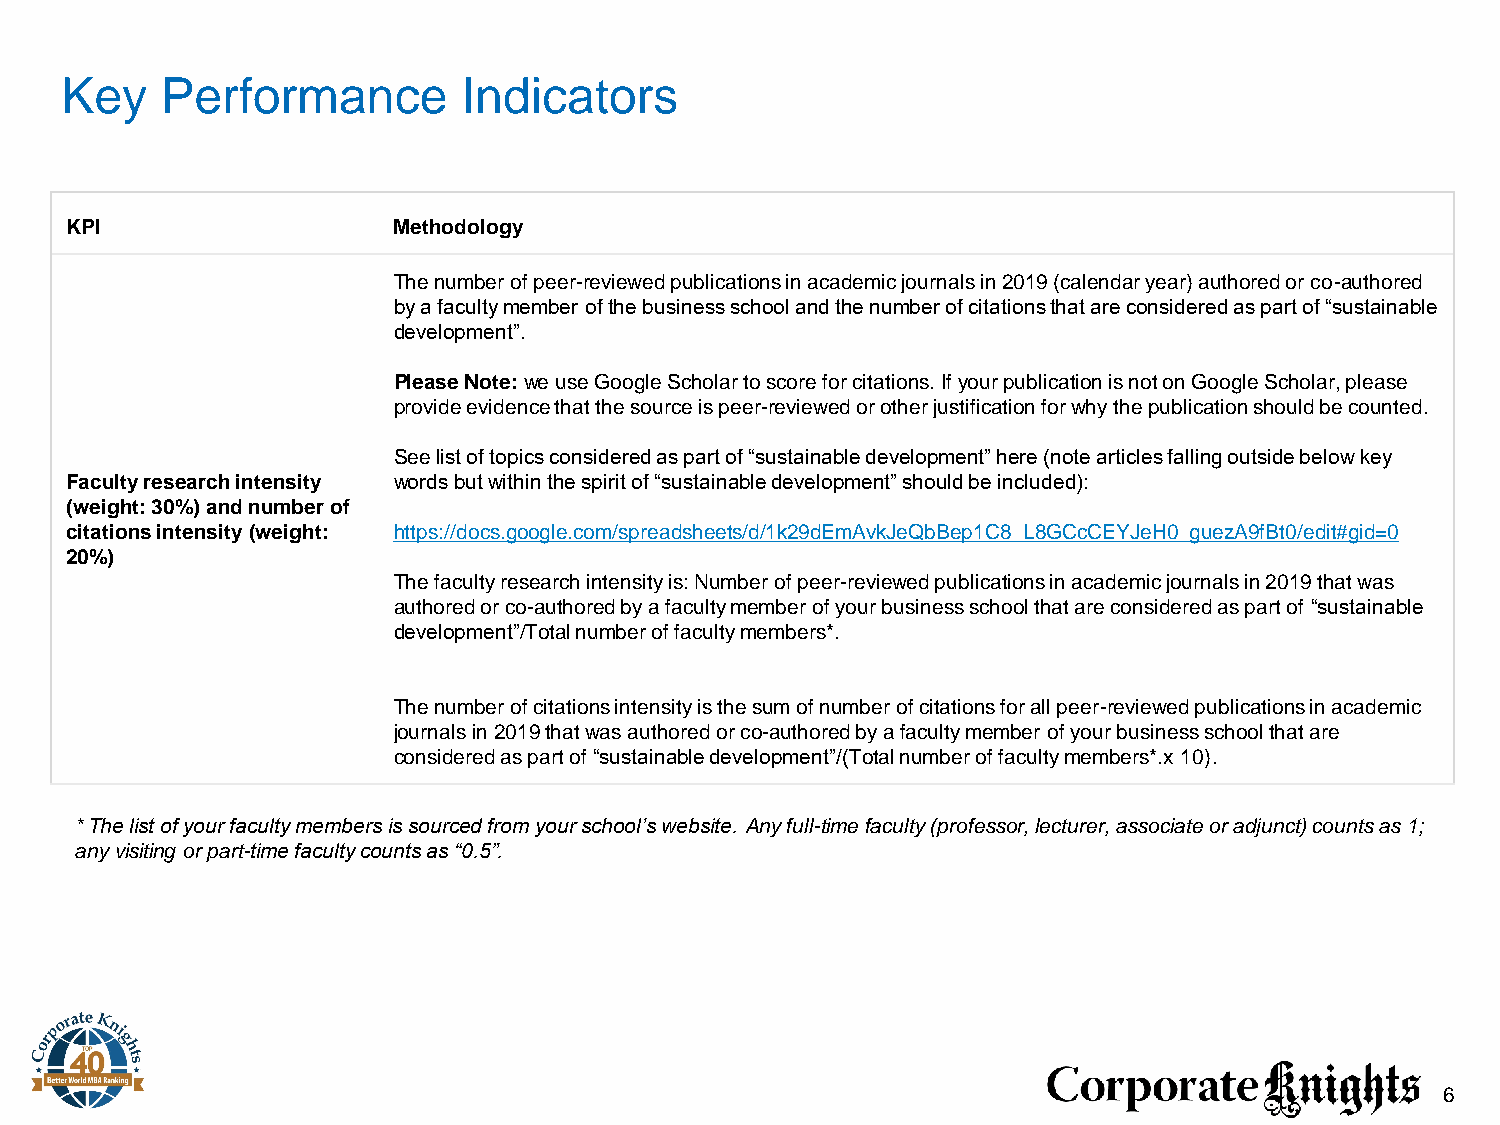
Key    Performance         Indicators
 KPI                   Methodology
 The number of peer-reviewed publications in academic journals in 2019 (calendar year) authored or co-authored
 by a faculty member of the business school and the number of citations that are considered as part of “sustainable
 development”.
 Please Note: we use Google Scholar to score for citations. If your publication is not on Google Scholar, please
 provide evidence that the source is peer-reviewed or other justification for why the publication should be counted.
 See list of topics considered as part of “sustainable development” here (note articles falling outside below key
 Faculty research intensity words but within the spirit of “sustainable development” should be included):
 (weight: 30%) and number of
 citations intensity (weight: https://docs.google.com/spreadsheets/d/1k29dEmAvkJeQbBep1C8_L8GCcCEYJeH0_guezA9fBt0/edit#gid=0
 20%)
 The faculty research intensity is: Number of peer-reviewed publications in academic journals in 2019 that was
 authored or co-authored by a faculty member of your business school that are considered as part of “sustainable
 development”/Total number of faculty members*.
 The number of citations intensity is the sum of number of citations for all peer-reviewed publications in academic
 journalsin 2019 that was authored or co-authored by a faculty member of your business school that are
 considered as part of “sustainable development”/(Total number of faculty members*.x 10).
 * The list of your faculty members is sourced from your school’s website. Any full-time faculty (professor, lecturer, associate or adjunct) counts as 1;
 any visiting or part-time faculty counts as “0.5”.
 6